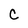
Character: c